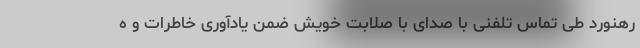
رهنورد طی تماس تلفنی با صدای با صلابت خویش ضمن یادآوری خاطرات و ه